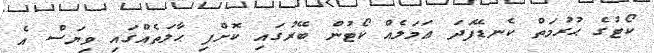
ކޯޓުގެ ޙުރުމަތް ކެނޑޭފަދަ ޢަމަލެއް ކޯޓުން ބޭރުގައި ކޮށްފި ޙާލަތެއްގައި ވިޔަސް އެ